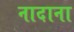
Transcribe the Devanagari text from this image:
नादाना